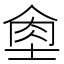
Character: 𦚙